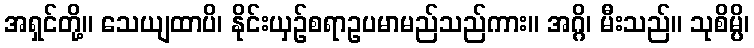
အရှင်တို့။ သေယျထာပိ၊ နိုင်းယှဉ်စရာဥပမာမည်သည်ကား။ အဂ္ဂိ၊ မီးသည်။ သုစိမ္ပိ၊